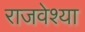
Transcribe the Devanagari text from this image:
राजवेश्या